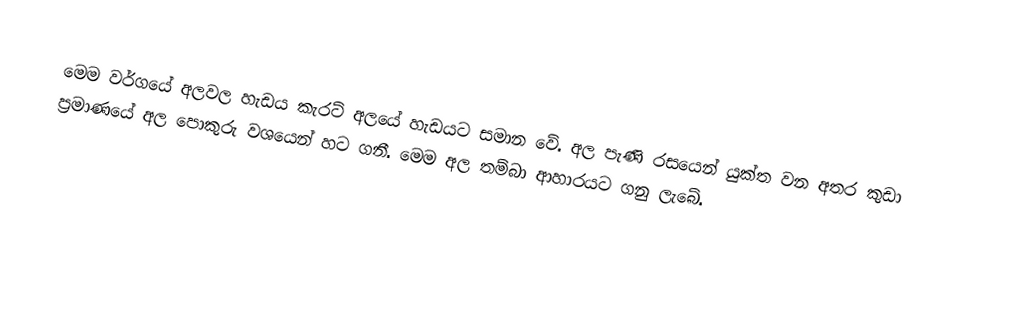
මෙම වර්ගයේ අලවල හැඩය කැරට්‌ අලයේ හැඩයට සමාන වේ. අල පැණි රසයෙන් යුක්‌ත වන අතර කුඩා ප්‍රමාණයේ අල පොකුරු වශයෙන් හට ගනී. මෙම අල තම්බා ආහාරයට ගනු ලැබේ.